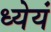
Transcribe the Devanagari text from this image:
ध्येयं